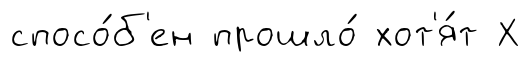
спосо́б'ен прошло́ хот'я́т Х